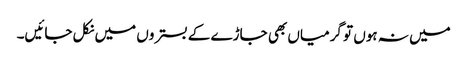
میں نہ ہوں تو گرمیاں بھی جاڑے کے بستروں میں نکل جائیں۔